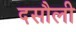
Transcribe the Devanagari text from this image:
दसौली